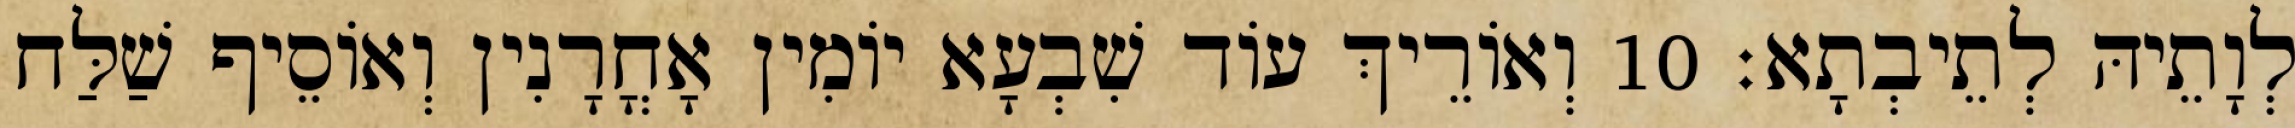
לְוָתֵיהּ לְתֵיבְתָא׃ 10 וְאוֹרֵיךְ עוֹד שִׁבְעָא יוֹמִין אָחֳרָנִין וְאוֹסֵיף שַׁלַּח